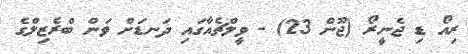
ރިއޯ ޑި ޖެނީރޯ (ޖޫން 23) - ވީލްޗެއާގައި ދަނޑަށް ވަން ބްރެޒިލްގެ